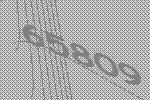
65809